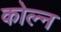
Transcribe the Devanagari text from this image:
कोल्न